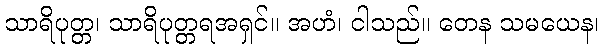
သာရိပုတ္တ၊ သာရိပုတ္တရအရှင်။ အဟံ၊ ငါသည်။ တေန သမယေန၊